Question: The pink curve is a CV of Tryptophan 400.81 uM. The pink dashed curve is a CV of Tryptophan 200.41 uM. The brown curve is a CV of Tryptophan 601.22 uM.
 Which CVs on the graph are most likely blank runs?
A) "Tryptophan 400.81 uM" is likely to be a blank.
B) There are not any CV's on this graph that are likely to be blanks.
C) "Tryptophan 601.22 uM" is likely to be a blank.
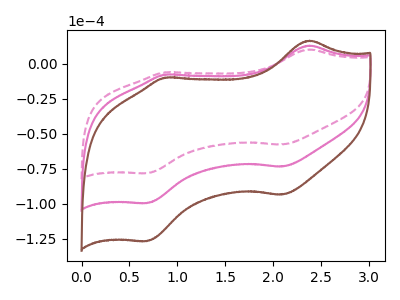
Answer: <think>The pink curve "Tryptophan 400.81 uM" has anodic peaks at (2.40V, 12.95uA) (0.85V, -7.75uA) and cathodic peaks at (2.10V, -73.55uA) (0.70V, -99.65uA). The pink dashed curve "Tryptophan 200.41 uM" has anodic peaks at (2.40V, 10.15uA) (0.85V, -6.10uA) and cathodic peaks at (2.10V, -57.80uA) (0.70V, -78.30uA). The brown curve "Tryptophan 601.22 uM" has anodic peaks at (2.40V, 25.90uA) (0.85V, -15.50uA) and cathodic peaks at (2.10V, -147.10uA) (0.70V, -199.30uA).</think>
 <answer>B) There are not any CV's on this graph that are likely to be blanks.</answer>
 <eval>B</eval>